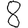
Digit: 8